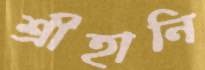
শ্রীহানি